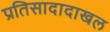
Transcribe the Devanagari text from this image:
प्रतिसादादाखल